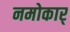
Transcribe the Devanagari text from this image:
नमोकार्